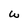
Character: W